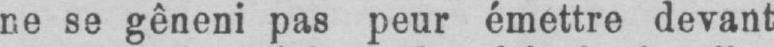
ne se gêneni pas peur émettre devant